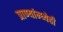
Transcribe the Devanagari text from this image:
प्राण्यांम्ध्येही